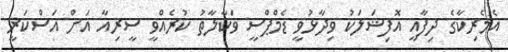
އެމެރިކާގެ ދިފާއީ އޮފިޝަލަކު ވިދާޅުވީ ޑެމްޕްސީ ވަކާލާތު ކުރެއްވީ ސީރިއާ އަށް އަސްކަރީ